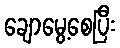
ချောမွေ့စေပြီး